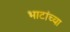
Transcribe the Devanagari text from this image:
भाटांच्या